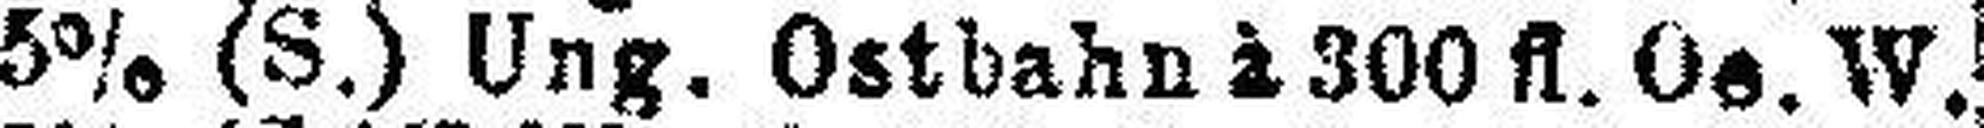
5% (S.) Ung. Ostbahn à 300 fl. Oe. W.